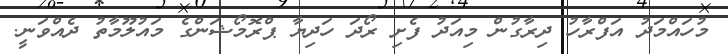
މުހައްމަދު އަފްރާހު ދިރާގުން މިއަދު ފެށި ރޯދަ ހަދިޔާ ޕްރޮމޯޝަންގެ މައުލޫމާތު ދެއްވަނީ.